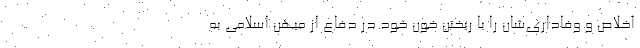
اخلاص و وفاداری‌شان را با ریختن خون خود در دفاع از میهن اسلامی به